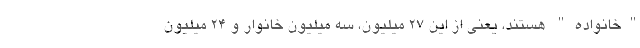
"خانواده" هستند، یعنی از این ۲۷ میلیون، سه میلیون خانوار و ۲۴ میلیون